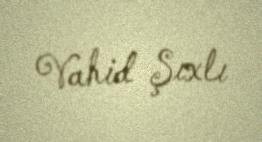
Vahid Şıxlı